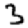
Digit: 3